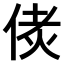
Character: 𠉻